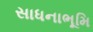
સાધનાભૂમિ